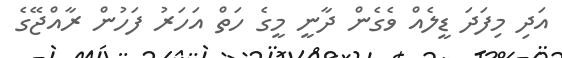
އަދި މިފަދަ ޑީލެއް ވެގެން ދާނީ މީގެ ހަތް އަހަރު ފަހުން ރާއްޖޭގެ